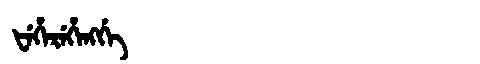
Manchu: ᡶᡝᡥᡝᡵᡝᡥᡝᠩᡤᡝ
Romanization: FEHEREHENGGE